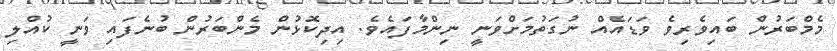
މެމްބަރުން ބައިވެރިވެ ވަޑައެއް ނުގަތުމަށްވަނީ ނިންމާފައެވެ. އިދިކޮޅުން މެންބަރުން ބުނެފައި ވަނީ ކުއްލި